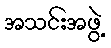
အသင်းအဖွဲ့